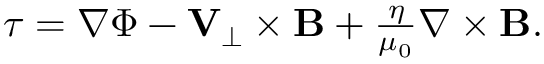
\begin{array} { r } { \boldsymbol { \tau } = \nabla \Phi - { \mathbf V } _ { \perp } \times { \mathbf B } + \frac { \eta } { \mu _ { 0 } } \nabla \times { \mathbf B } . } \end{array}